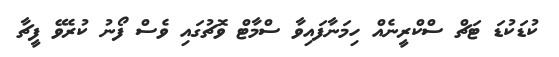
ކުޑަކުޑަ ޓަޗް ސްކްރީނެއް ހިމަނާފައިވާ ސްމާޓް ވޮޗުގައި ވެސް ފޯނު ކުރެވޭ ފީޗާ